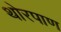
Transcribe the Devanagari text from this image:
थोरपाण